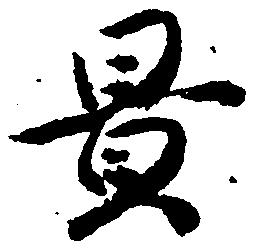
置